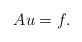
\begin{align*}Au=f.\end{align*}